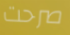
صرحت